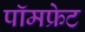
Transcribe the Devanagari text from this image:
पॉमफ्रेट